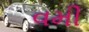
વમી